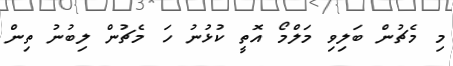
މި މެޗުން ބަލިވި މަލްމޯ އޮތީ ކުޅުނު ހަ މެޗުން ލިބުނު ތިން